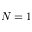
N = 1